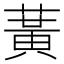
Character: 𫉉